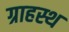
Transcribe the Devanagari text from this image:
ग्राहस्थ